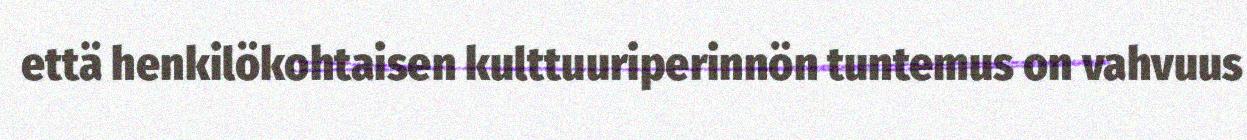
että henkilökohtaisen kulttuuriperinnön tuntemus on vahvuus